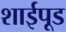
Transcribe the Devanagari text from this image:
शाईपूड